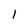
Character: l